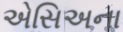
એસિઅના